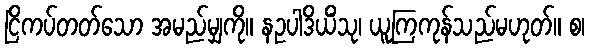
ငြိကပ်တတ်သော အမည်မျှကို။ နဥပါဒိယိံသု၊ ယူကြကုန်သည်မဟုတ်။ စ၊